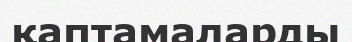
қаптамаларды